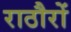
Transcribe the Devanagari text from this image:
राठौरों